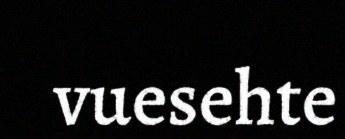
vuesehte